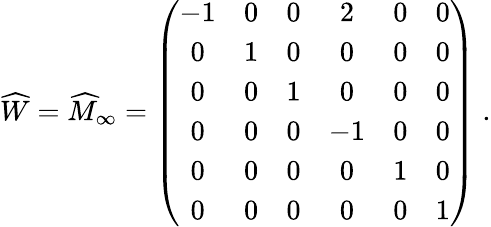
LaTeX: \widehat{W}={\widehat M}_{\infty}=\left(\begin{array}{cccccc}{{-1}}&{{0}}&{{0}}&{{2}}&{{0}}&{{0}}\\ {{0}}&{{1}}&{{0}}&{{0}}&{{0}}&{{0}}\\ {{0}}&{{0}}&{{1}}&{{0}}&{{0}}&{{0}}\\ {{0}}&{{0}}&{{0}}&{{-1}}&{{0}}&{{0}}\\ {{0}}&{{0}}&{{0}}&{{0}}&{{1}}&{{0}}\\ {{0}}&{{0}}&{{0}}&{{0}}&{{0}}&{{1}}\end{array}\right)\; .